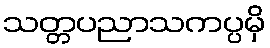
သတ္တပညာသကပ္ပမှိ